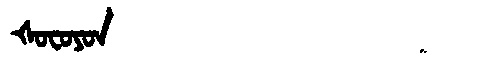
Manchu: ᡧᠣᠸᠣᠶᠣᠨ
Romanization: ŠOFOYON